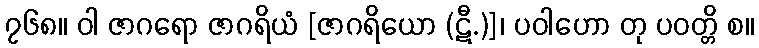
၇၆၈။ ဝါ ဇာဂရော ဇာဂရိယံ [ဇာဂရိယော (ဋီ.)]၊ ပဝါဟော တု ပဝတ္တိ စ။